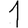
Digit: 1